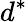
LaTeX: d^{*}